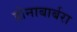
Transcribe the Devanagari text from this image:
होनाबार्बरा